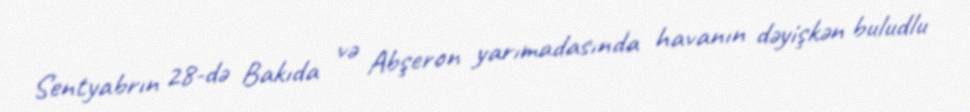
Sentyabrın 28-də Bakıda və Abşeron yarımadasında havanın dəyişkən buludlu